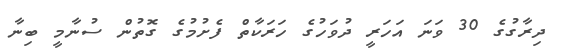
ދިރާގުގެ 30 ވަނަ އަހަރީ ދުވަހުގެ ހަރަކާތް ފެށުމުގެ ގޮތުން ސުނާމީ ބިނާ